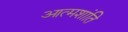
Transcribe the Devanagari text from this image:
आत्मशांति